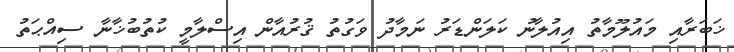
ޚަބަރާއި މައުލޫމާތު އިއުލާނު ކަލަންޑަރު ނަމާދު ވަގުތު ޤުރުއާން އިސްލާމީ ކުތުބުޚާނާ ސިއްޙަތު